Treatise on elephants
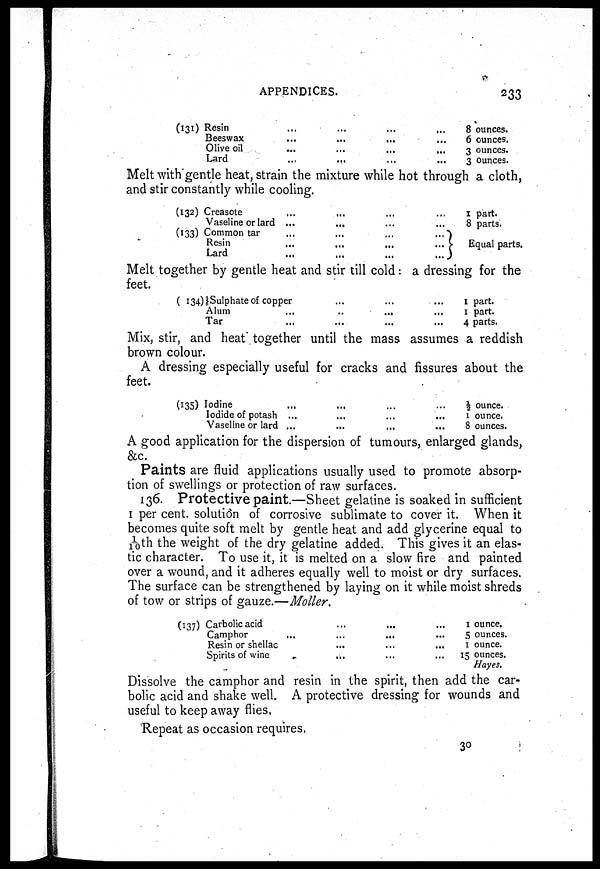
APPENDICES.
233
(131) Resin
Beeswax
Olive oil
Lard
...
...
...
...
...
...
...
...
...
...
...
...
...
...
...
...
8 ounces.
6 ounces.
3 ounces.
3 Ounces.
Melt with gentle heat, strain the mixture while hot through a cloth,
and stir constantly while cooling.
(132)
(133)
Creasote
...
...
...
...
Vaseline or lard ... ... ... ...
Common tar ... ... ... ...
Resin
...
...
...
...
Lard
...
...
...
...
1 part.
8 parts.
Equal parts.
Melt together by gentle heat and stir till cold: a dressing for the
feet.
(134) Sulphate of copper
...
...
...
Alum
...
...
...
...
Tar
...
...
...
...
1 part.
1 part.
4 parts.
Mix, stir, and heat together until the mass assumes a reddish
brown colour.
A dressing especially useful for cracks and fissures about the
feet.
(135) Iodine
...
...
...
...
Iodide of potash
...
...
...
...
Vaseline or lard
...
...
...
...
½ ounce.
1 ounce.
8 ounces.
A good application for the dispersion of tumours, enlarged glands,
&c.
Paints are fluid applications usually used to promote absorp-
tion of swellings or protection of raw surfaces.
136. Protective paint.—Sheet gelatine is soaked in sufficient
1 per cent. solution of corrosive sublimate to cover it. When it
becomes quite soft melt by gentle heat and add glycerine equal to
1/10th the weight of the dry gelatine added. This gives it an elas-
tic character. To use it, it is melted on a slow fire and painted
over a wound, and it adheres equally well to moist or dry surfaces.
The surface can be strengthened by laying on it while moist shreds
of tow or strips of gauze.—Moller.
(137) Carbolic acid
...
...
...
Camphor ... ... ... ...
Resin or shellac ... ... ...
Spirits of wine
...
...
...
1 ounce.
5 ounces.
1 ounce.
15 ounces.
Hayes.
Dissolve the camphor and resin in the spirit, then add the car-
bolic acid and shake well. A protective dressing for wounds and
useful to keep away flies.
Repeat as occasion requires.
30